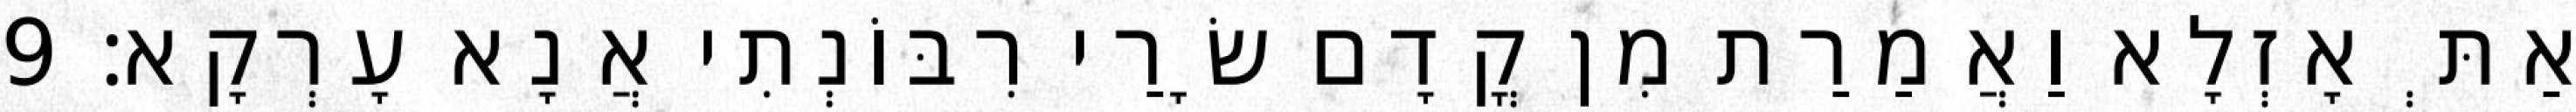
אַתְּ אָזְלָא וַאֲמַרַת מִן קֳדָם שָׂרַי רִבּוֹנְתִי אֲנָא עָרְקָא׃ 9